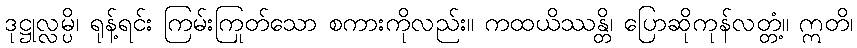
ဒုဋ္ဌုလ္လမ္ပိ၊ ရုန့်ရင်း ကြမ်းကြုတ်သော စကားကိုလည်း။ ကထယိဿန္တိ၊ ပြောဆိုကုန်လတ္တံ့။ ဣတိ၊